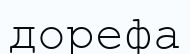
дорефа